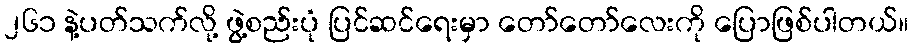
၂၆၁ နဲ့ပတ်သက်လို့ ဖွဲ့စည်းပုံ ပြင်ဆင်ရေးမှာ တော်တော်လေးကို ပြောဖြစ်ပါတယ်။